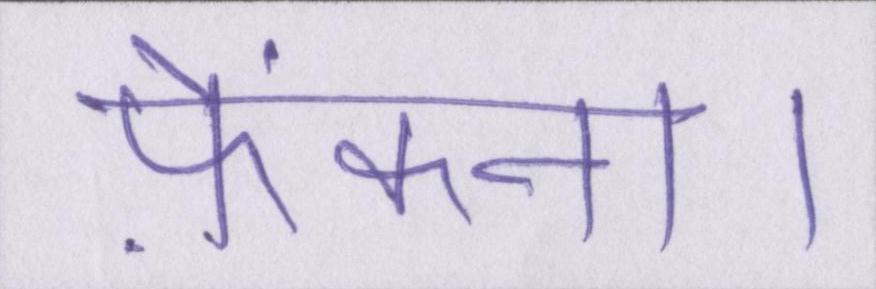
फ़ेंकना।